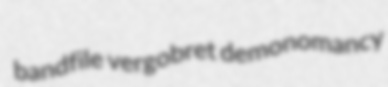
bandfile vergobret demonomancy